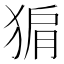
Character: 猏